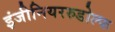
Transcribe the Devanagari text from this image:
इंजीनियररुडोल्फ